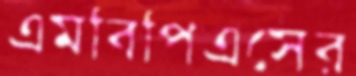
এমবিপিএসের